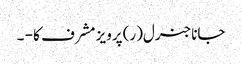
جاناجنرل(ر) پرویز مشرف کا - ۔